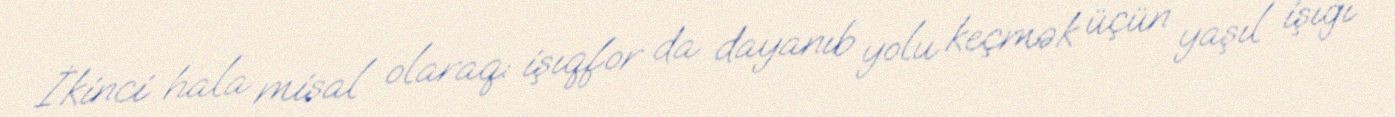
İkinci hala misal olaraq: işıqfor da dayanıb yolu keçmək üçün yaşıl işığı